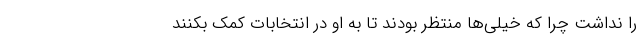
را نداشت چرا که خیلی‌ها منتظر بودند تا به او در انتخابات کمک بکنند